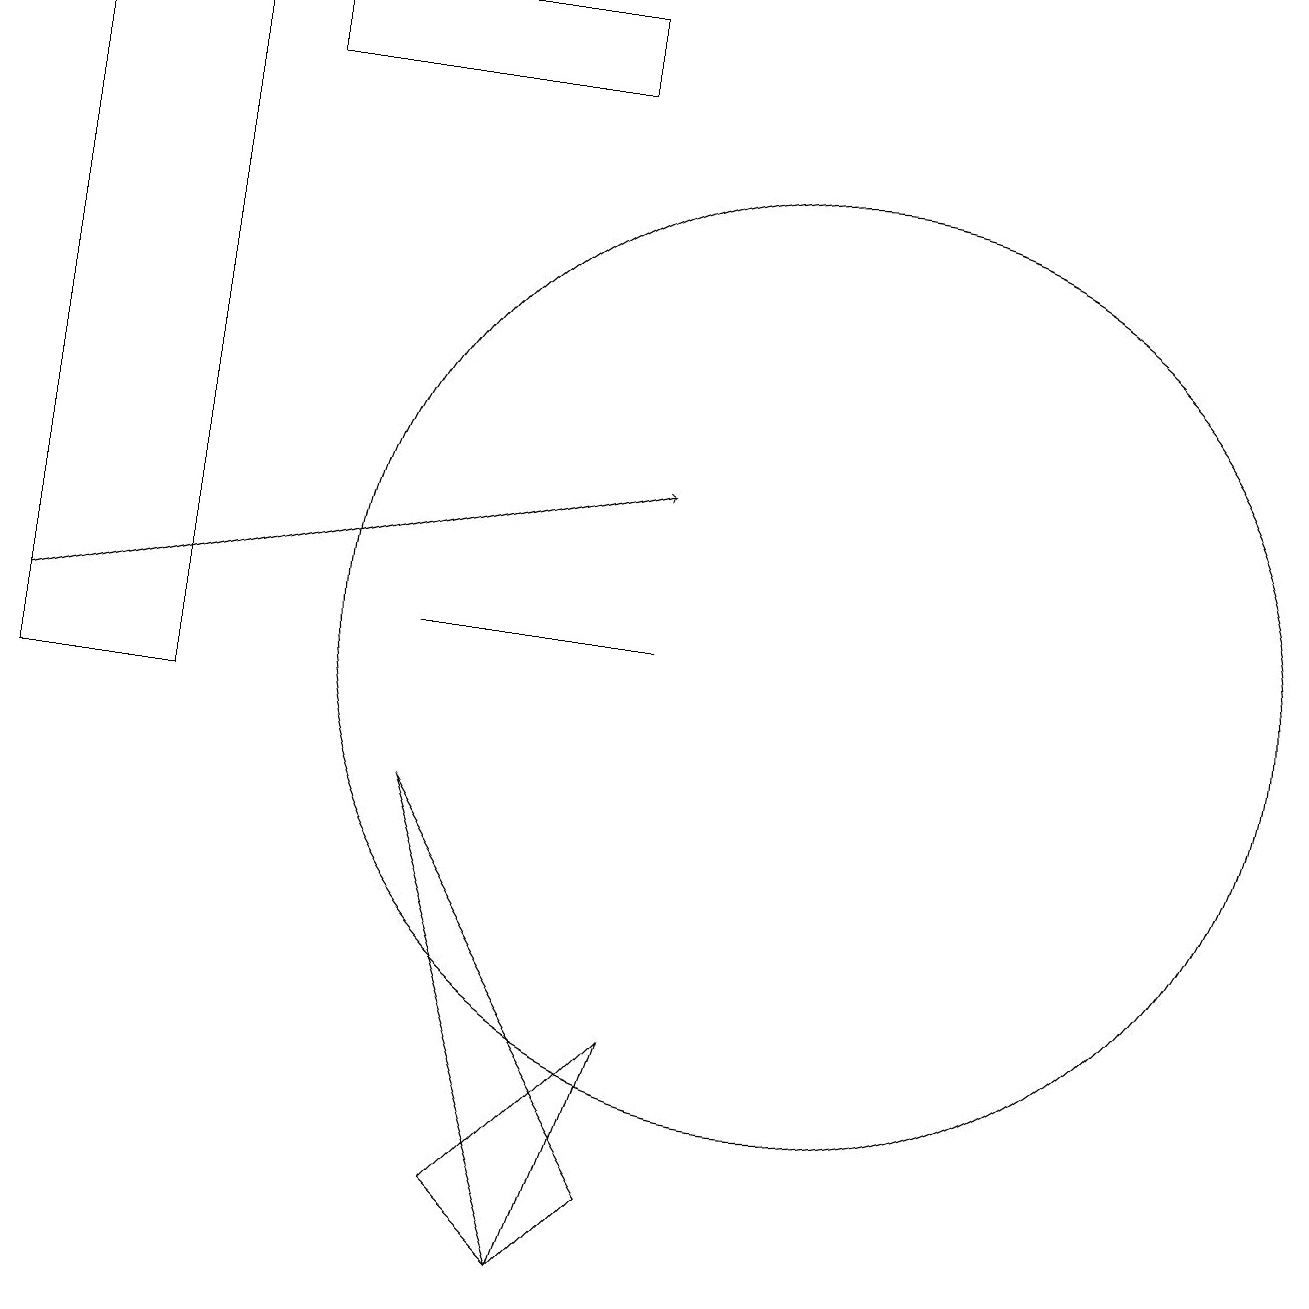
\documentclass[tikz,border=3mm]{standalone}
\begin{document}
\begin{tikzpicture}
\draw[->] (0,11) -- (8,13);
\draw (8,4) -- (7,3) -- (5,9) -- cycle;
\draw (7,18) rectangle (3,19);
\draw (10,11) circle (6);
\draw (7,3) -- (6,4) -- (8,6) -- cycle;
\draw (5,11) rectangle (8,11);
\draw (0,19) rectangle (2,10);
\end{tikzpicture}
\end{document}